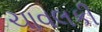
ચાવલકી